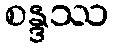
စန္ဒဿ